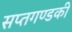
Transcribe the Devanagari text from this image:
सप्तगण्डकी